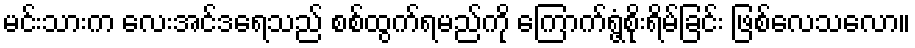
မင်းသားက လေးအင်ဒရေသည် စစ်ထွက်ရမည်ကို ကြောက်ရွံ့စိုးရိမ်ခြင်း ဖြစ်လေသလော။